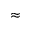
\approx